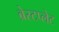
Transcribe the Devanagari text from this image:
ब्रेस्टप्लेट